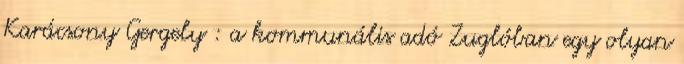
Karácsony Gergely : a kommunális adó Zuglóban egy olyan